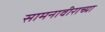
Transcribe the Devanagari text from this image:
सामनावीराच्या